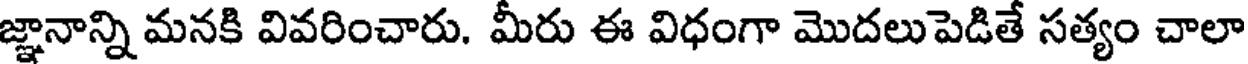
జ్ఞానాన్ని మనకి వివరించారు. మీరు ఈ విధంగా మొదలుపెడితే సత్యం చాలా